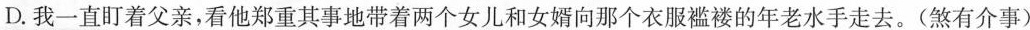
D.我一直盯着父亲，看他\underset{·}{郑}\underset{·}{重}\underset{·}{其}\underset{·}{事}地带着两个女儿和女婿向那个衣服褴褛的年老水手走去。(煞有介事）